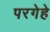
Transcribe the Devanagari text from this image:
परगेहे